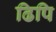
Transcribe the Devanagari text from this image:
ढिपि